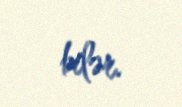
bilər.